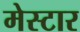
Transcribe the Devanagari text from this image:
मेस्टार